Indian journal of veterinary science and animal husbandry - Volumes 15-17, 1948-1951
Year: 1948
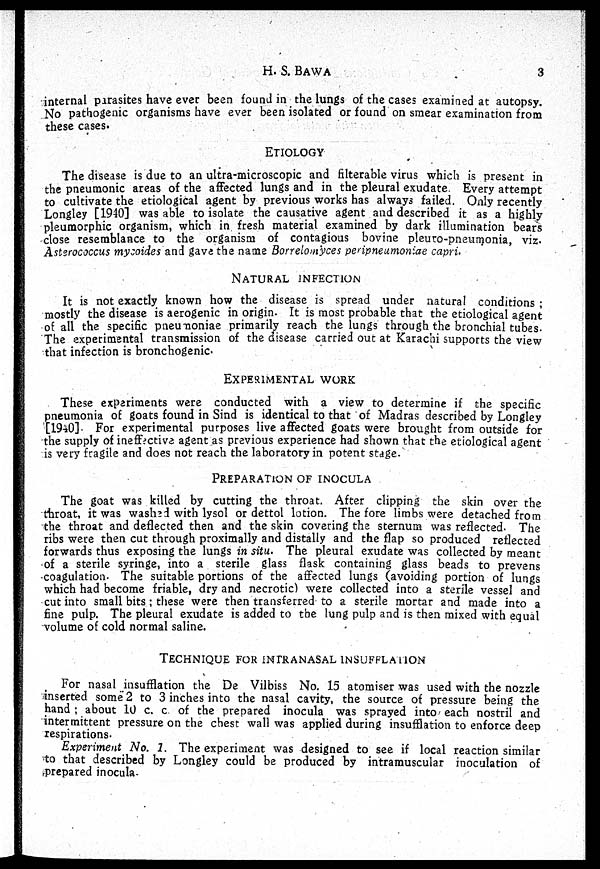
H. S.
BAWA
3
internal parasites have ever been found in the lungs of the cases examined at autopsy.
No pathogenic organisms have ever been isolated or found on smear examination from
these cases.
ETIOLOGY
The disease is due to an ultra-microscopic and filterable virus which is present in
the pneumonic areas of the affected lungs and in the pleural exudate Every attempt
to cultivate the etiological agent by previous works has always failed. Only recently
Longley [1940] was able to isolate the causative agent and described it as a highly
pleumorphic organism, which in fresh material examined by dark illumination bears
close resemblance to the organism of contagious bovine pleuro-pneumonia, viz.
Asterococcus mycoides and gave the name Borrelomyces peripneumoniae capri.
NATURAL
INFECTION
It is not exactly known how the disease is spread under natural conditions;
mostly the disease is aerogenic in origin. It is most probable that the etiological agent
of all the specific pneumoniae primarily reach the lungs through the bronchial tubes.
The experimental transmission of the disease carried out at Karachi supports the view
that infection is bronchogenic.
EXPERIMENTAL
WORK
These experiments were conducted with a view to determine if the specific
pneumonia of goats found in Sind is identical to that of Madras described by Longley
[1940]. For experimental purposes live affected goats were brought from outside for
the supply of ineffective agent as previous experience had shown that the etiological agent
is very fragile and does not reach the laboratory in potent stage.
PREPARATION OF INOCULA
The goat was killed by cutting the throat. After clipping the skin over the
throat, it was washed with lysol or dettol lotion. The fore limbs were detached from
the throat and deflected then and the skin covering the sternum was reflected. The
ribs were then cut through proximally and distally and the flap so produced reflected
forwards thus exposing the lungs in situ. The pleural exudate was collected by meant
of a sterile syringe, into a sterile glass flask containing glass beads to prevens
coagulation. The suitable portions of the affected lungs (avoiding portion of lungs
which had become friable, dry and necrotic) were collected into a sterile vessel and
cut into small bits; these were then transferred to a sterile mortar and made into a
fine pulp. The pleural exudate is added to the lung pulp and is then mixed with equal
volume of cold normal saline.
TECHNIQUE
FOR
INTRANASAL
INSUFFLATION
For nasal insufflation the De Vilbiss No. 15 atomiser was used with the nozzle
inserted some 2 to 3 inches into the nasal cavity, the source of pressure being the
hand; about 10 c. c of the prepared inocula was sprayed into each nostril and
intermittent pressure on the chest wall was applied during insufflation to enforce deep
respirations.
Experiment No. 1. The experiment was designed to see if local reaction similar
to that described by Longley could be produced by intramuscular inoculation of
prepared inocula.